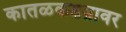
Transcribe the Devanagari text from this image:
कातळकडय़ावर